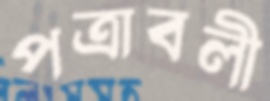
পত্রাবলী